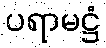
ပရာမဋ္ဌံ